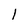
Character: 1